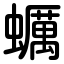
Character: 蠣